DOW-UAP-D32, Mission Report, Syria, October 2024
Agency: Department of War
Incident date: 10/20/24
Incident location: Syria
Page 9
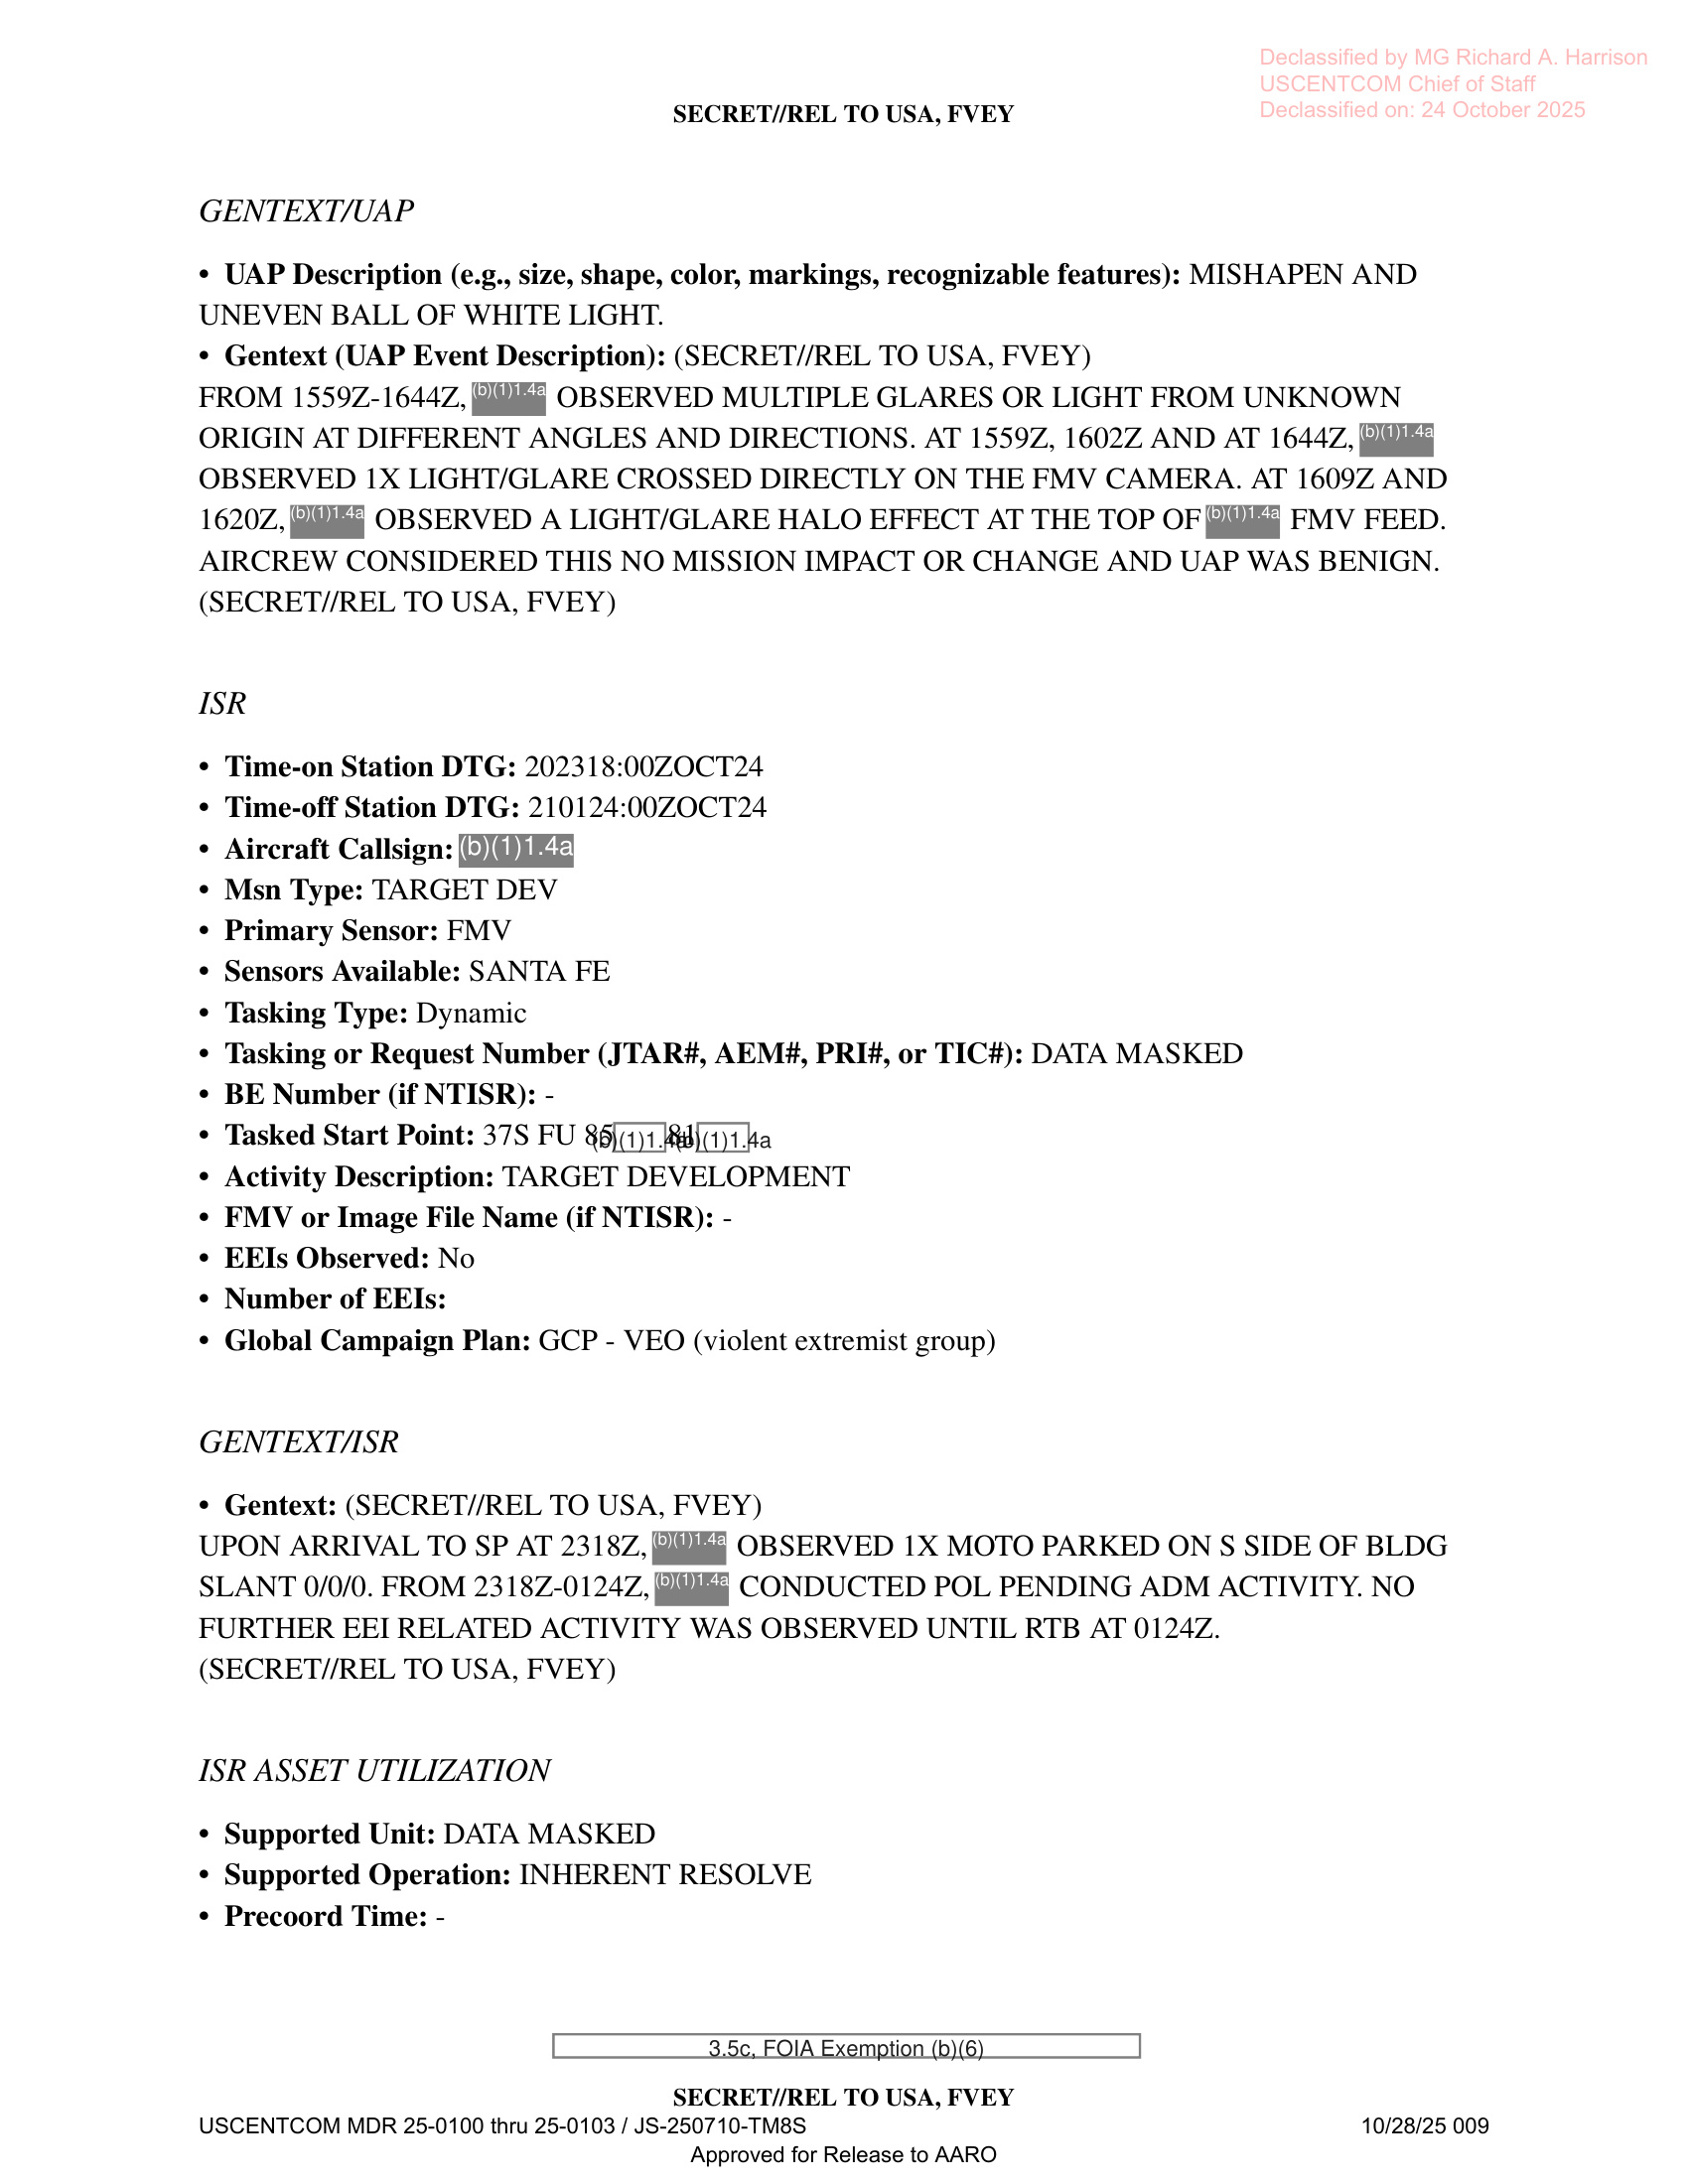